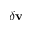
\delta \mathbf { v }